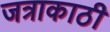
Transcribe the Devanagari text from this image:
जत्राकाठी